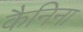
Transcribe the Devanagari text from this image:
कैनिना